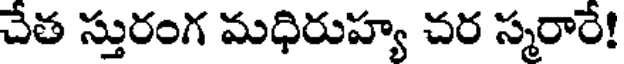
చేత స్తురంగ మధిరుహ్య చర స్మరారే!